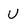
Character: U